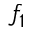
f _ { 1 }